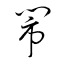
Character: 鬧